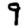
Digit: 9